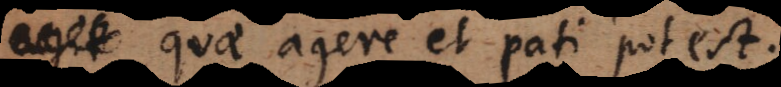
agit agere et pati potest.